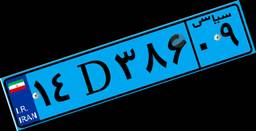
۱۴D۳۸۶۰۹